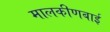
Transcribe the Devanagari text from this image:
मालकीणबाई